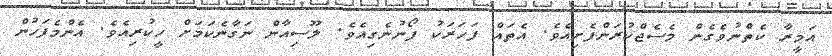
އަމީރާ ކެތްނުވެގެން މެސެޖްކުރަންފެށިއެވެ. އެތައް ފަހަރަކު ފޯނުނެގިއެވެ. ލޫސިއާން ނަގާނެކަމަށް ހީކުރިއެވެ. އެންމެފަހުން